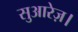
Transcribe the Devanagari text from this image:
सुआरेज़।